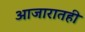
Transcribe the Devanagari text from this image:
आजारातही